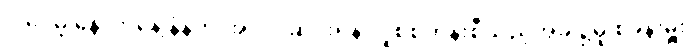
ဒါပေမဲ့ နောက်နေ့ နံနက် အလုပ်ဆင်းရန် လူစစ်တန်းစီသည့်အခါ၌မူ စခန်းမှူး